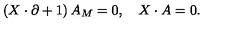
\left( X \cdot \partial + 1 \right) A _ { M } = 0 , \quad X \cdot A = 0 .